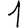
Digit: 1